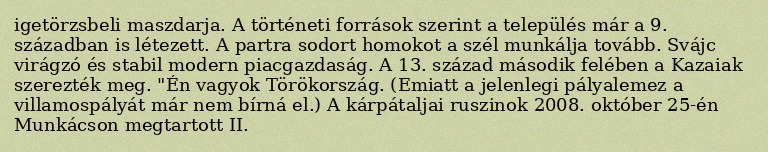
igetörzsbeli maszdarja. A történeti források szerint a település már a 9. században is létezett. A partra sodort homokot a szél munkálja tovább. Svájc virágzó és stabil modern piacgazdaság. A 13. század második felében a Kazaiak szerezték meg. "Én vagyok Törökország. (Emiatt a jelenlegi pályalemez a villamospályát már nem bírná el.) A kárpátaljai ruszinok 2008. október 25-én Munkácson megtartott II.